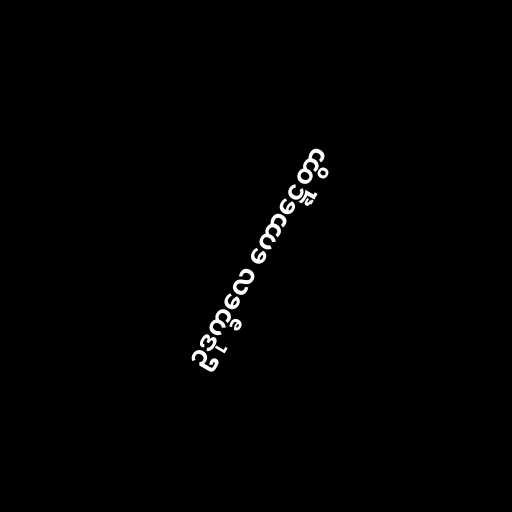
ဥဒုက္ခလေ ကောဋ္ဋေတွာ